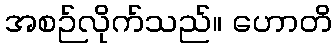
အစဉ်လိုက်သည်။ ဟောတိ